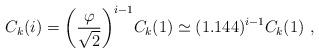
LaTeX: \begin{align*}C_k(i) = \bigg(\frac{\varphi}{\sqrt{2}}\bigg)^{i-1}C_k(1)\simeq (1.144)^{i-1}C_k(1)~,\end{align*}